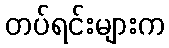
တပ်ရင်းများက